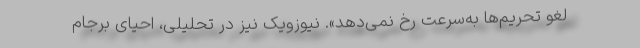
لغو تحریم‌ها به‌سرعت رخ نمی‌دهد». نیوزویک نیز در تحلیلی، احیای برجام